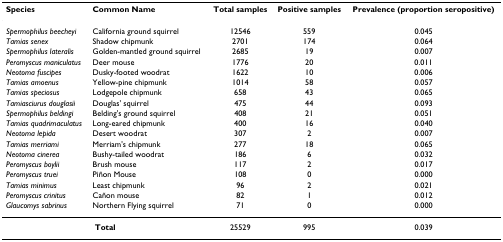
<table><thead><tr><td><b>Species</b></td><td><b>Common Name</b></td><td><b>Total samples</b></td><td><b>Positive samples</b></td><td><b>Prevalence (proportion seropositive)</b></td></tr></thead><tbody><tr><td><i>Spermophilus beecheyi</i></td><td>California ground squirrel</td><td>12546</td><td>559</td><td>0.045</td></tr><tr><td><i>Tamias senex</i></td><td>Shadow chipmunk</td><td>2701</td><td>174</td><td>0.064</td></tr><tr><td><i>Spermophilus lateralis</i></td><td>Golden-mantled ground squirrel</td><td>2685</td><td>19</td><td>0.007</td></tr><tr><td><i>Peromyscus maniculatus</i></td><td>Deer mouse</td><td>1776</td><td>20</td><td>0.011</td></tr><tr><td><i>Neotoma fuscipes</i></td><td>Dusky-footed woodrat</td><td>1622</td><td>10</td><td>0.006</td></tr><tr><td><i>Tamias amoenus</i></td><td>Yellow-pine chipmunk</td><td>1014</td><td>58</td><td>0.057</td></tr><tr><td><i>Tamias speciosus</i></td><td>Lodgepole chipmunk</td><td>658</td><td>43</td><td>0.065</td></tr><tr><td><i>Tamiasciurus douglasii</i></td><td>Douglas&#x27; squirrel</td><td>475</td><td>44</td><td>0.093</td></tr><tr><td><i>Spermophilus beldingi</i></td><td>Belding&#x27;s ground squirrel</td><td>408</td><td>21</td><td>0.051</td></tr><tr><td><i>Tamias quadrimaculatus</i></td><td>Long-eared chipmunk</td><td>400</td><td>16</td><td>0.040</td></tr><tr><td><i>Neotoma lepida</i></td><td>Desert woodrat</td><td>307</td><td>2</td><td>0.007</td></tr><tr><td><i>Tamias merriami</i></td><td>Merriam&#x27;s chipmunk</td><td>277</td><td>18</td><td>0.065</td></tr><tr><td><i>Neotoma cinerea</i></td><td>Bushy-tailed woodrat</td><td>186</td><td>6</td><td>0.032</td></tr><tr><td><i>Peromyscus boylii</i></td><td>Brush mouse</td><td>117</td><td>2</td><td>0.017</td></tr><tr><td><i>Peromyscus truei</i></td><td>Piñon Mouse</td><td>108</td><td>0</td><td>0.000</td></tr><tr><td><i>Tamias minimus</i></td><td>Least chipmunk</td><td>96</td><td>2</td><td>0.021</td></tr><tr><td><i>Peromyscus crinitus</i></td><td>Cañon mouse</td><td>82</td><td>1</td><td>0.012</td></tr><tr><td><i>Glaucomys sabrinus</i></td><td>Northern Flying squirrel</td><td>71</td><td>0</td><td>0.000</td></tr><tr><td colspan="2"><b>Total</b></td><td>25529</td><td>995</td><td>0.039</td></tr></tbody></table>